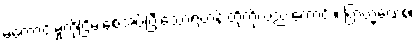
မကောင်းမှုကိုငြိမ်းစေအပ်ပြီးသောရဟန်းတို့ကိုလည်းကောင်း။ ဗြာဟ္မဏေစ၊